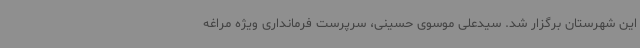
این شهرستان برگزار شد. سیدعلی موسوی حسینی، سرپرست فرمانداری ویژه مراغه